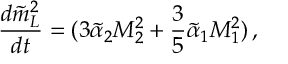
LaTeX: \frac { d \tilde { m } _ { L } ^ { 2 } } { d t } = ( 3 \tilde { \alpha } _ { 2 } M _ { 2 } ^ { 2 } + \frac { 3 } { 5 } \tilde { \alpha } _ { 1 } M _ { 1 } ^ { 2 } ) \, ,